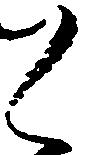
く